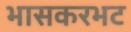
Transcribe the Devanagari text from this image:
भासकरभट